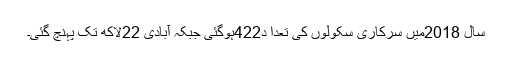
سال 2018میں سرکاری سکولوں کی تعدا د422ہوگئی جبکہ آبادی 22لاکھ تک پہنچ گئی۔